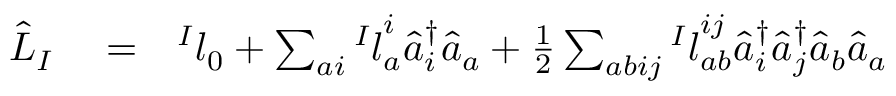
\begin{array} { r l r } { \hat { L } _ { I } } & { { } = } & { { ^ I l } _ { 0 } + \sum _ { a i } { ^ I l } _ { a } ^ { i } \hat { a } _ { i } ^ { \dagger } \hat { a } _ { a } + \frac { 1 } { 2 } \sum _ { a b i j } { ^ I l } _ { a b } ^ { i j } \hat { a } _ { i } ^ { \dagger } \hat { a } _ { j } ^ { \dagger } \hat { a } _ { b } \hat { a } _ { a } } \end{array}